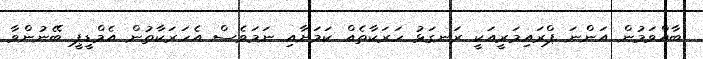
ބާއްވަމުން އަންނަ ޕްރައިމަރީއަކީ ރަނގަޅު ހަރަކާތެއް ކަމަށާއި ނަމަވެސް އެހަރަކާތުން އެމްޑީޕީ ބޭނުންވާ